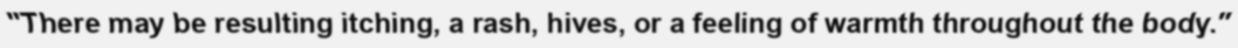
"There may be resulting itching, a rash, hives, or a feeling of warmth throughout the body."